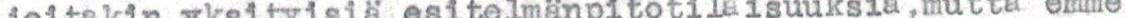
joitakin yksityisiä esitelmänpitotilaisuuksia, mutta emme